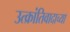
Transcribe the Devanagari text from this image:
उत्क्रांतिवादाच्या